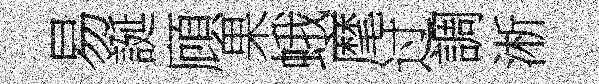
易誕頋果蛾麾过調淅